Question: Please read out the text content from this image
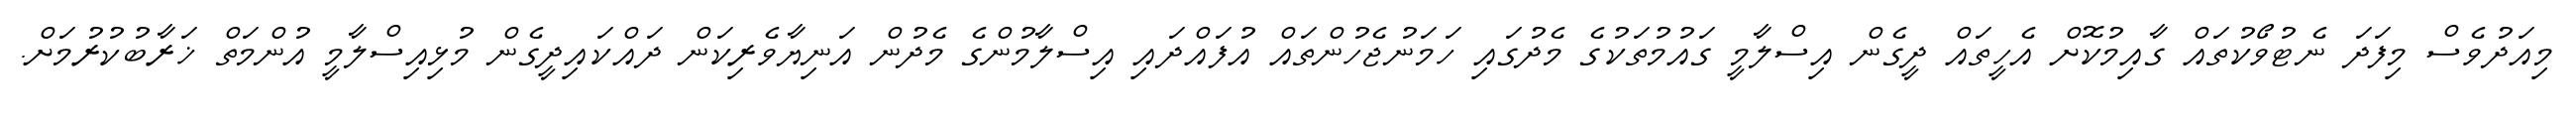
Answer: މިއަދުވެސް މިފަދަ ނެޓުވޯކުތައް ގާއިމުކޮށް އެހީތައް ދީގެން އިސްލާމީ ގައުމުތަކުގެ މެދުގައި ހަމަނުޖެހުންތައް އުފައްދައި އިސްލާމުންގެ މެދުން އަނިޔާވެރިކަން ދައްކައިދީގެން މުޅިއިސްލާމީ އުންމަތް ޚަރާބުކުރުމަށް.